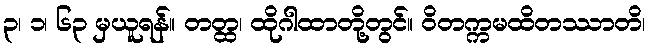
၃၊ ၁၊ ၆၃ မှယူရန်။ တတ္ထ၊ ထိုဂါထာတို့တွင်။ ဝိတက္ကမထိတဿာတိ၊